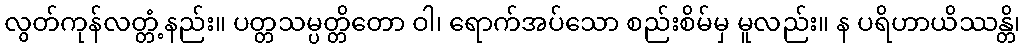
လွတ်ကုန်လတ္တံ့နည်း။ ပတ္တသမ္ပတ္တိတော ဝါ၊ ရောက်အပ်သော စည်းစိမ်မှ မူလည်း။ န ပရိဟာယိဿန္တိ၊